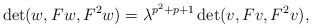
LaTeX: \begin{align*}\det (w, Fw, F^2w) = \lambda^{p^2 + p + 1}\det (v, Fv, F^2v),\end{align*}